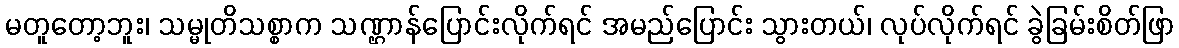
မတူတော့ဘူး၊ သမ္မုတိသစ္စာက သဏ္ဌာန်ပြောင်းလိုက်ရင် အမည်ပြောင်း သွားတယ်၊ လုပ်လိုက်ရင် ခွဲခြမ်းစိတ်ဖြာ